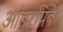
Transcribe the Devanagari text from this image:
आंतरपिके